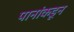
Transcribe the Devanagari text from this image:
पानांकडून